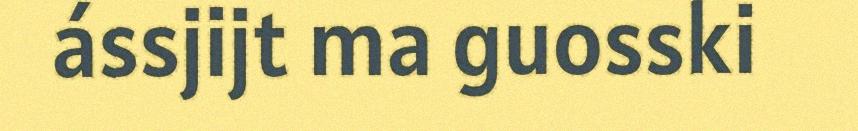
ássjijt ma guosski